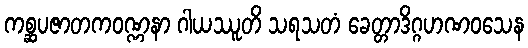
ကစ္ဆပဇာတကဝဏ္ဏနာ ဂါယဿူတိ သရသတံ ခေတ္တာဒိဂ္ဂဟဏဝသေန